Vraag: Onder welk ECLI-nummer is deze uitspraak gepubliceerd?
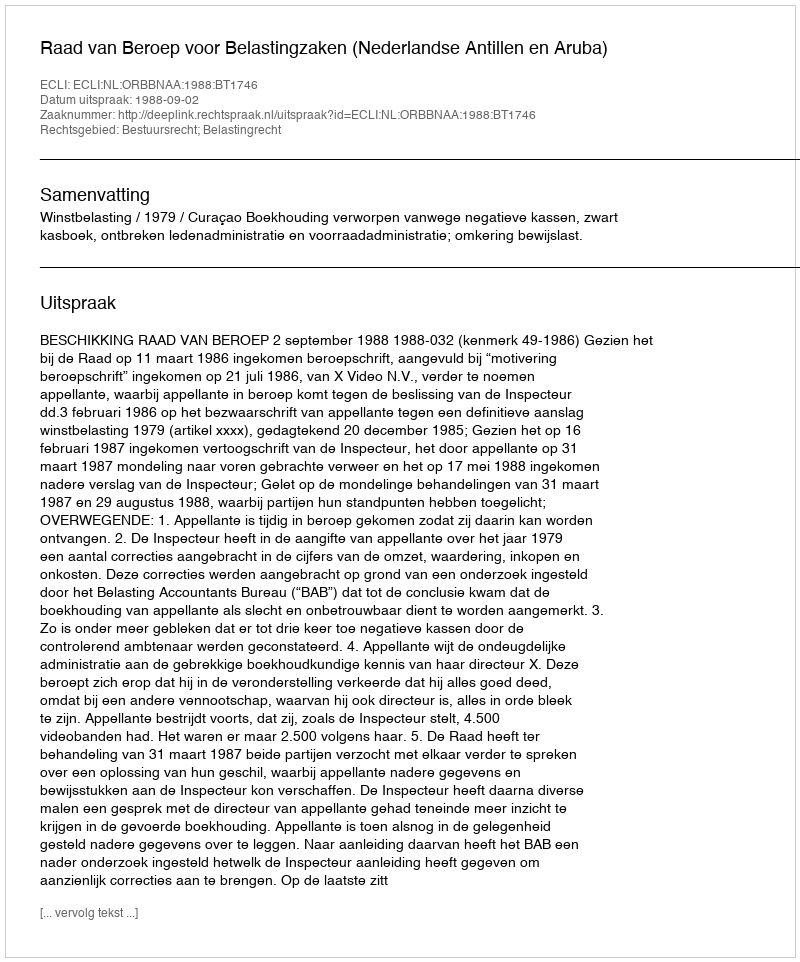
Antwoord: ECLI:NL:ORBBNAA:1988:BT1746